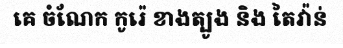
គេ ចំណែក កូរ៉េ ខាងត្បូង និង តៃវ៉ាន់